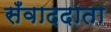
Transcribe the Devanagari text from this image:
सँवाददाता